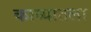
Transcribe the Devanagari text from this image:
काव्यातला